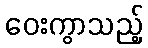
ဝေးကွာသည့်